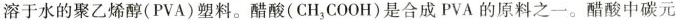
溶于水的聚乙烯醇(PVA)塑料。醋酸(CH_{3}COOH)是合成PVA的原料之一。醋酸中碳元